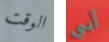
الوقت أبي